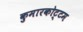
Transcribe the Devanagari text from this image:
कुमारकोट्टम